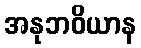
အနုဘဝိယာန